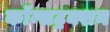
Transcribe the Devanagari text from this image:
कॉन्सट्रक्शन